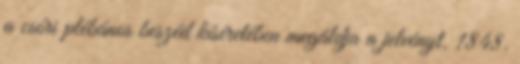
a csóri plébános beszéd kíséretében megáldja a jelvényt. 1848.